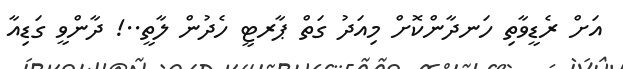
އަށް ރެޑީވާތި ހަނދާންކޮށް މިއަދު ގަތް ޕާރޓީ ހެދުން ލާތީ..! ދާންވީ ގަޑިއާ